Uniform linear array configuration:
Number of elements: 64
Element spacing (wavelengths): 0.75
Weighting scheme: exponential
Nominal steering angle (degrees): -30
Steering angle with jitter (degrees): -30.52
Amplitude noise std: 0.05
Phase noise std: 0.05

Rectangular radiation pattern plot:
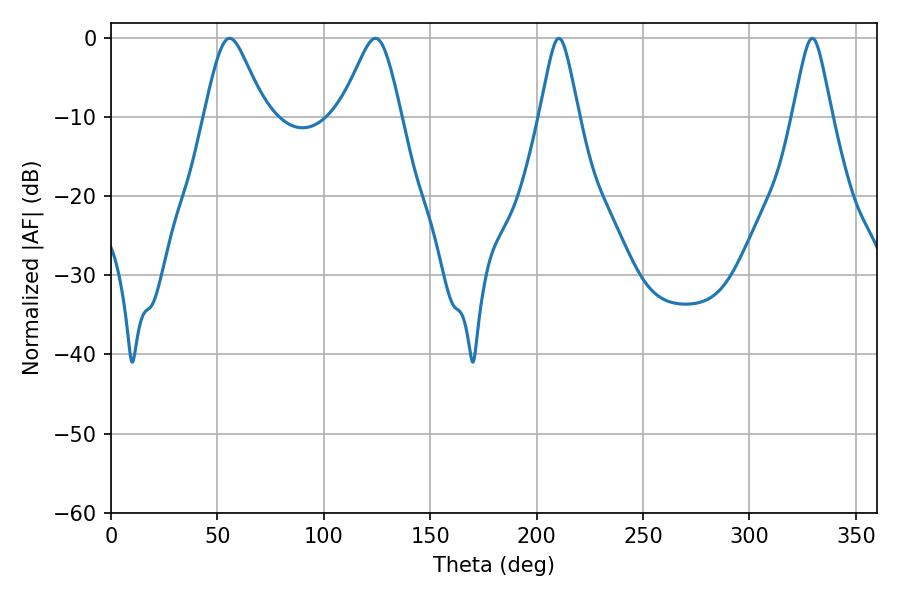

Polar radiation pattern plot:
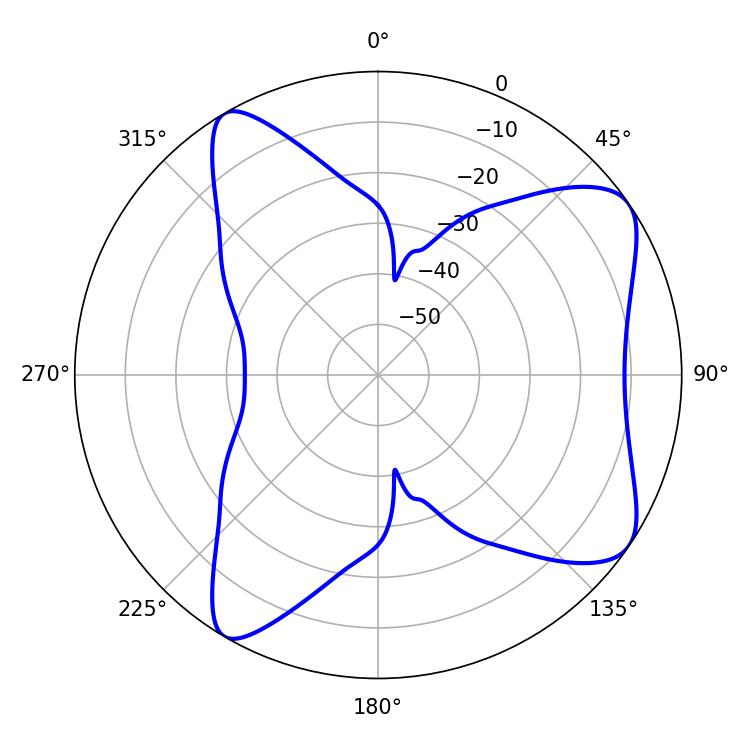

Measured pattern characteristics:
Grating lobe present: TRUE
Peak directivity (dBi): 7.839
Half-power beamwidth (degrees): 8.82
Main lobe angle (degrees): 210.42